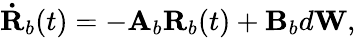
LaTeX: \mathbf{\dot{R}}_{b}(t)=-\mathbf{A}_{b}\mathbf{R}_{b}(t)+\mathbf{B}_{b}d\mathbf{W},